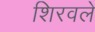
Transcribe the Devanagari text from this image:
शिरवले